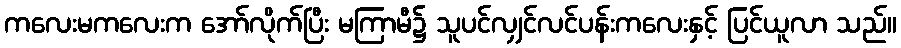
ကလေးမကလေးက အော်လိုက်ပြီး မကြာမီ၌ သူပင်လျှင်လင်ပန်းကလေးနှင့် ပြင်ယူလာ သည်။